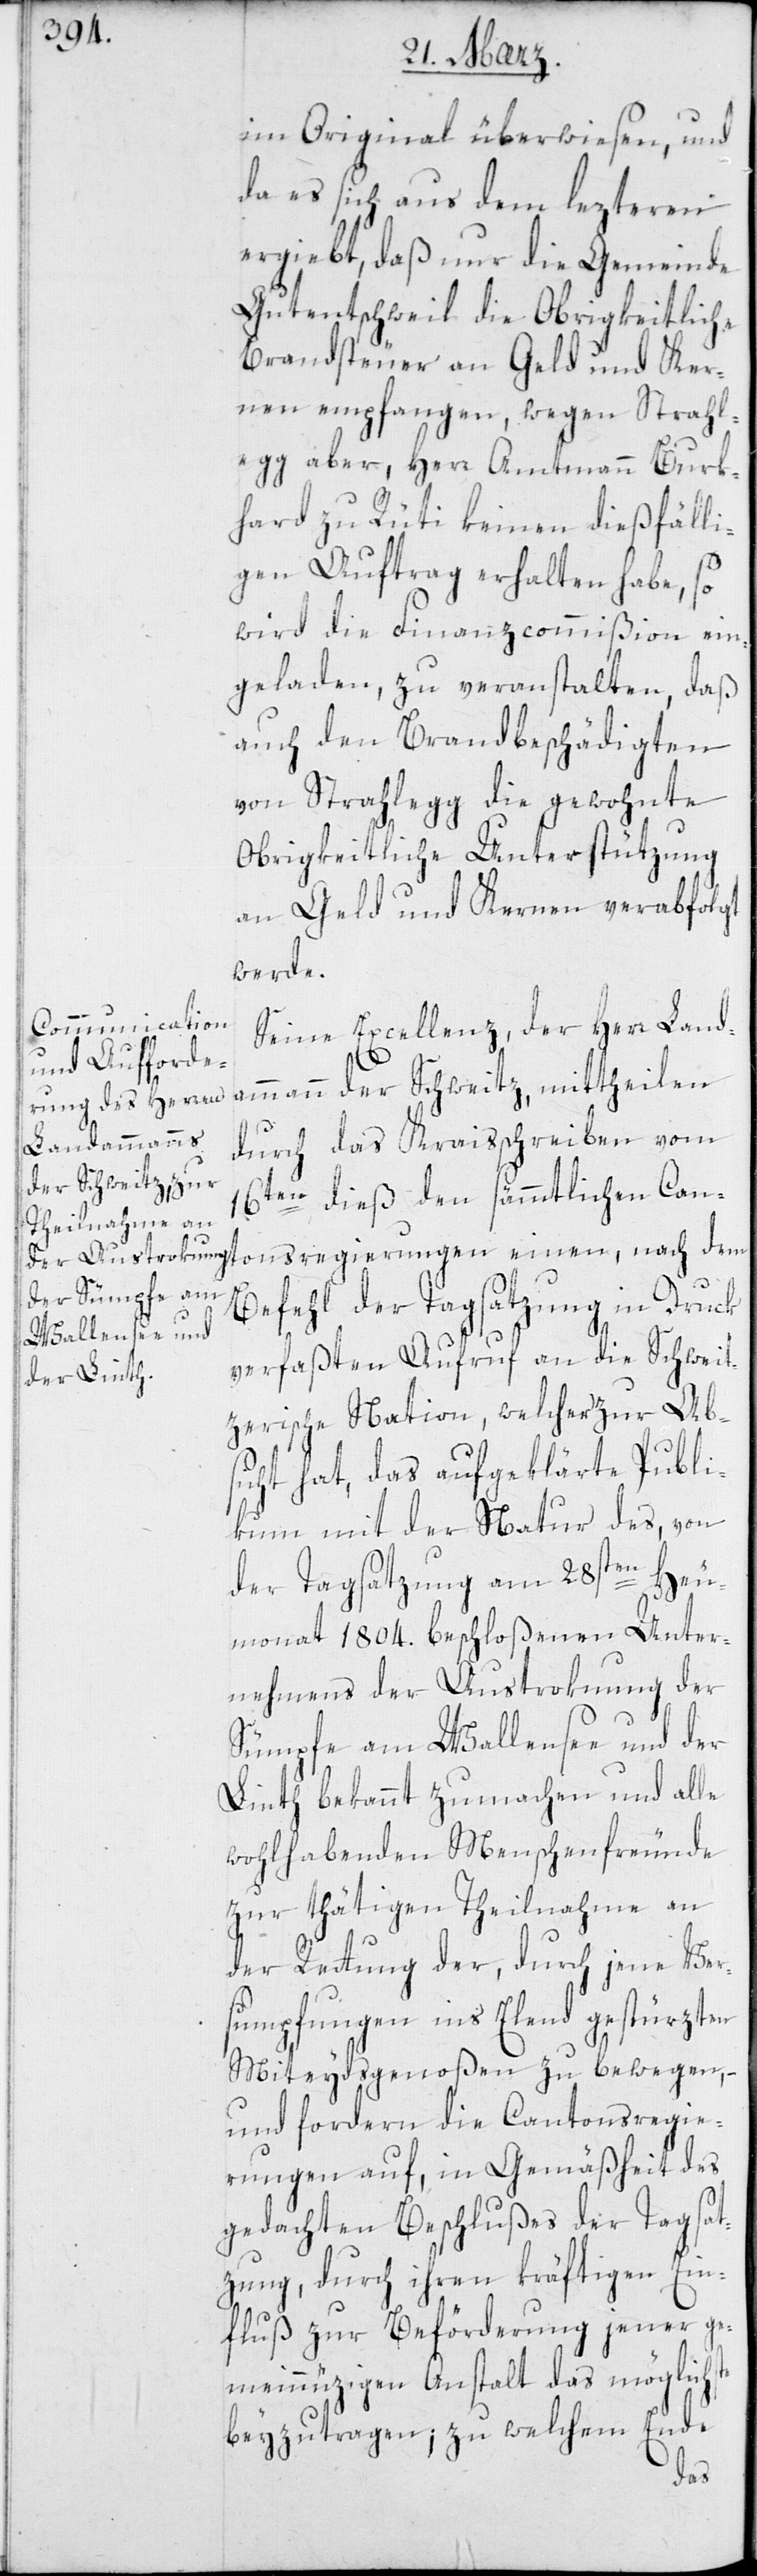
im Original überwiesen, und
da es sich aus dem lezteren
ergiebt, daß nur die Gemeinde
Gutentschweil die Obrigkeitliche
Brandsteuer an Geld und Ker¬
nen empfangen, wegen Strahl¬
egg aber, Herr Amtmann Burk¬
hard zu Rüti keinen dießfälli¬
gen Auftrag erhalten habe, so
wird die Finanzcommißion ein¬
geladen zu veranstalten, daß
auch den Brandbeschädigten
von Strahlegg die gewohnte
Obrigkeitliche Unterstützung
an Geld und Kernen verabfolgt
werde.
Seine Excellenz, der Herr Landa¬
mmann der Schweitz, mittheilen
durch das Kreisschreiben vom
16ten dieß, den sämmtlichen Can¬
tonsregierungen einen, nach dem
Befehl der Tagsatzung in Druck
verfaßten Aufruf an die Schweit¬
zerische Nation, welcher zur Ab¬
sicht hat, das aufgeklärte Publi¬
kum mit der Natur des, von
der Tagsatzung am 28sten Heu¬
monat 1804. beschloßenen Unter¬
nehmens der Austrokung der
Sümpfe am Wallensee und der
Linth bekannt zu machen, und alle
wohlhabenden Menschenfreunde
zur thätigen Theilnahme an
der Rettung der, durch jene Ver¬
sumpfungen ins Elend gestürzten
Miteydsgenoßen zu bewegen, –
und fordern die Cantonsregie¬
rungen auf, in Gemäßheit des
gedachten Beschlußes der Tagsat¬
zung, durch ihren kräftigen Ein¬
fluß zur Beförderung jener ge¬
meinnützigen Anstalt das Möglichste
beyzutragen; zu welchem Ende